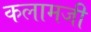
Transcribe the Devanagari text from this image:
कलामजी